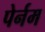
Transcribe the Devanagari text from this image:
पेर्नम